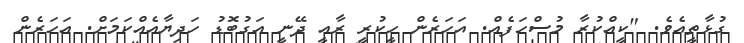
ގުޅާތީއެވެ. "ކީއްކުރާ މުސްހަފެއް. އަހަރެން ހީކުރީ ރާއީ ދޭނީ އަގުބޮޑު ހަދިޔާއެއްކަމަށް. އަހަރެން